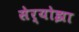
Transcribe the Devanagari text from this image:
सेर्योझा